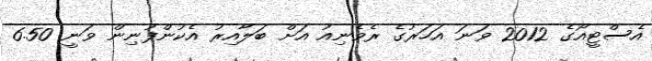
އެސްޓީއޯގެ 2012 ވަނަ އަހަރުގެ ރެވެނިއު އަށް ބަލާއިރު އެކުންފުނިން ވަނީ 6.50